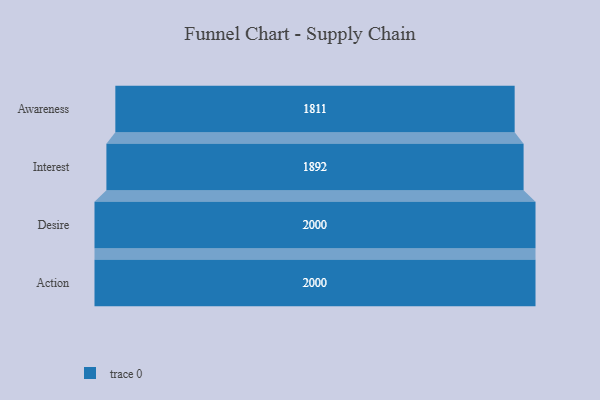
{"axis": {"x": "Stage", "y": "Value"}, "legend": [""], "data": [{"x": "Awareness", "y": 1811.0, "type": ""}, {"x": "Interest", "y": 1892.0, "type": ""}, {"x": "Desire", "y": 2000, "type": ""}, {"x": "Action", "y": 2000, "type": ""}]}